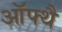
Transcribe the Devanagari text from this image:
ऑफ्थै